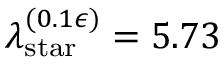
\lambda _ { \mathrm { s t a r } } ^ { ( 0 . 1 \epsilon ) } = 5 . 7 3